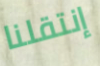
إنتقلنا